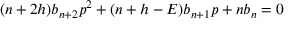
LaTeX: \l ( n + 2 h ) b _ { n + 2 } p ^ { 2 } + ( n + h - E ) b _ { n + 1 } p + \l n b _ { n } = 0